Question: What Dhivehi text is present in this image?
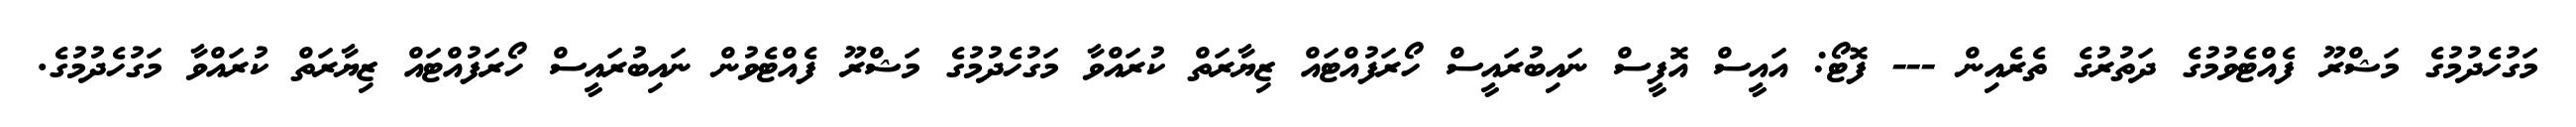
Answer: މަގުހެދުމުގެ މަޝްރޫ ފެއްޓެވުމުގެ ދަތުރުގެ ތެރެއިން --- ފޮޓޯ: އައީސް އޮފީސް ނައިބުރައީސް ހޯރަފުއްޓައް ޒިޔާރަތް ކުރައްވާ މަގުހެދުމުގެ މަޝްރޫ ފެއްޓެވުން ނައިބުރައީސް ހޯރަފުއްޓައް ޒިޔާރަތް ކުރައްވާ މަގުހެދުމުގެ.